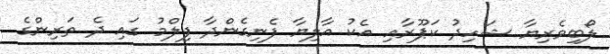
ލޯބިވެރިޔާ ޝަހިދު ކަޕޫރާއި އެކު އާލިޔާ ފެނިގެންދާ ފިލްމު ގައި ދެ ތަރިންގެ